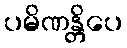
ပမိဏန္တိပေ